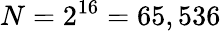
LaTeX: N=2^{16}=65,536